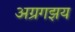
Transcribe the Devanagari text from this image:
अग्रगझय